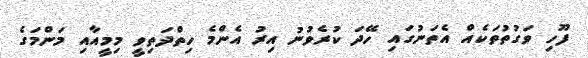
ފޫހި ވަގުތުތަކެއް އެތަނުގައި ހޭދަ ކުރެވުނު އިރު އެންމެ ހިތްދަތިވީ މިމީއާއި މަންމަގެ